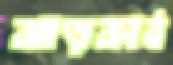
ঝাড়কাঠ